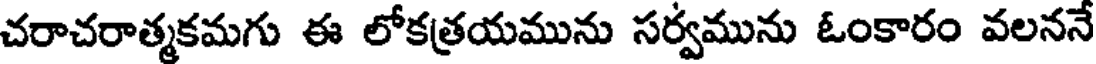
చరాచరాత్మకమగు ఈ లోకత్రయమును సర్వమును ఓంకారం వలననే